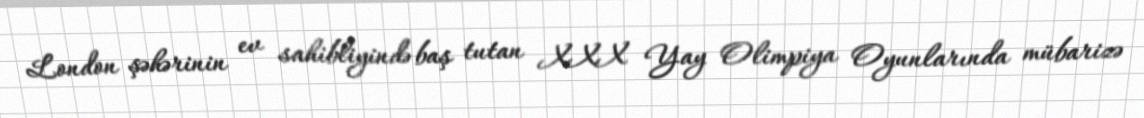
London şəhərinin ev sahibliyində baş tutan XXX Yay Olimpiya Oyunlarında mübarizə